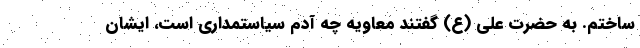
ساختم. به حضرت علی (ع) ‌گفتند معاویه چه آدم سیاستمداری است، ایشان